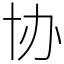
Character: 协